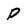
Character: P